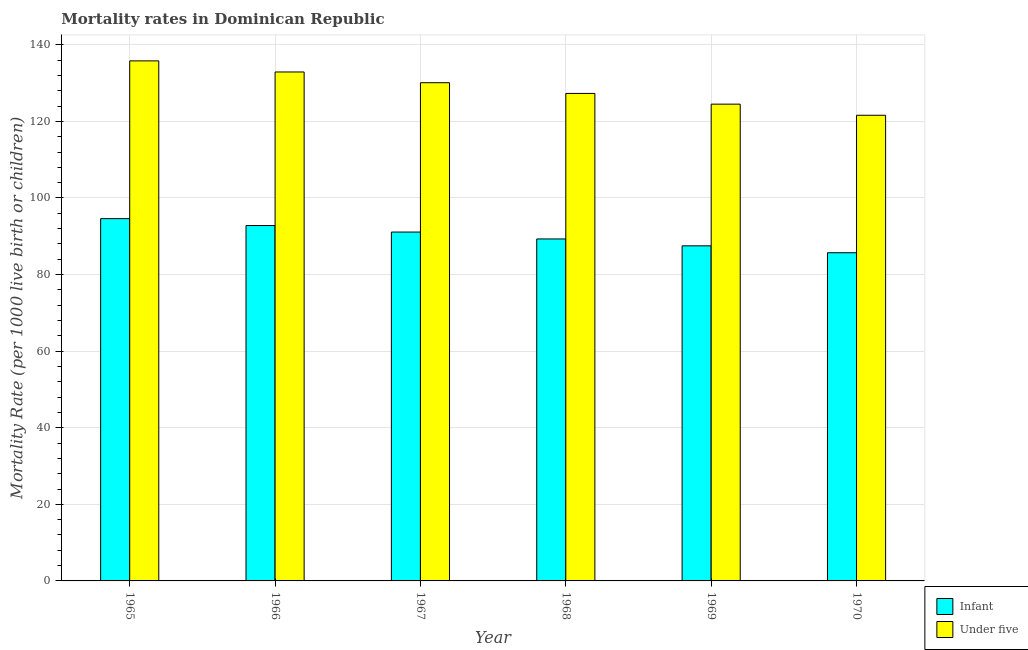
| Year | Infant | Under five |
 | --- | --- | --- |
 | 1965 | 94.6 | 136 |
 | 1966 | 92.8 | 133 |
 | 1967 | 91.1 | 130 |
 | 1968 | 89.3 | 127 |
 | 1969 | 87.5 | 124 |
 | 1970 | 85.7 | 122 |